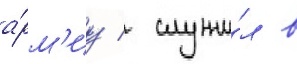
а́рм'иу / служи́л в